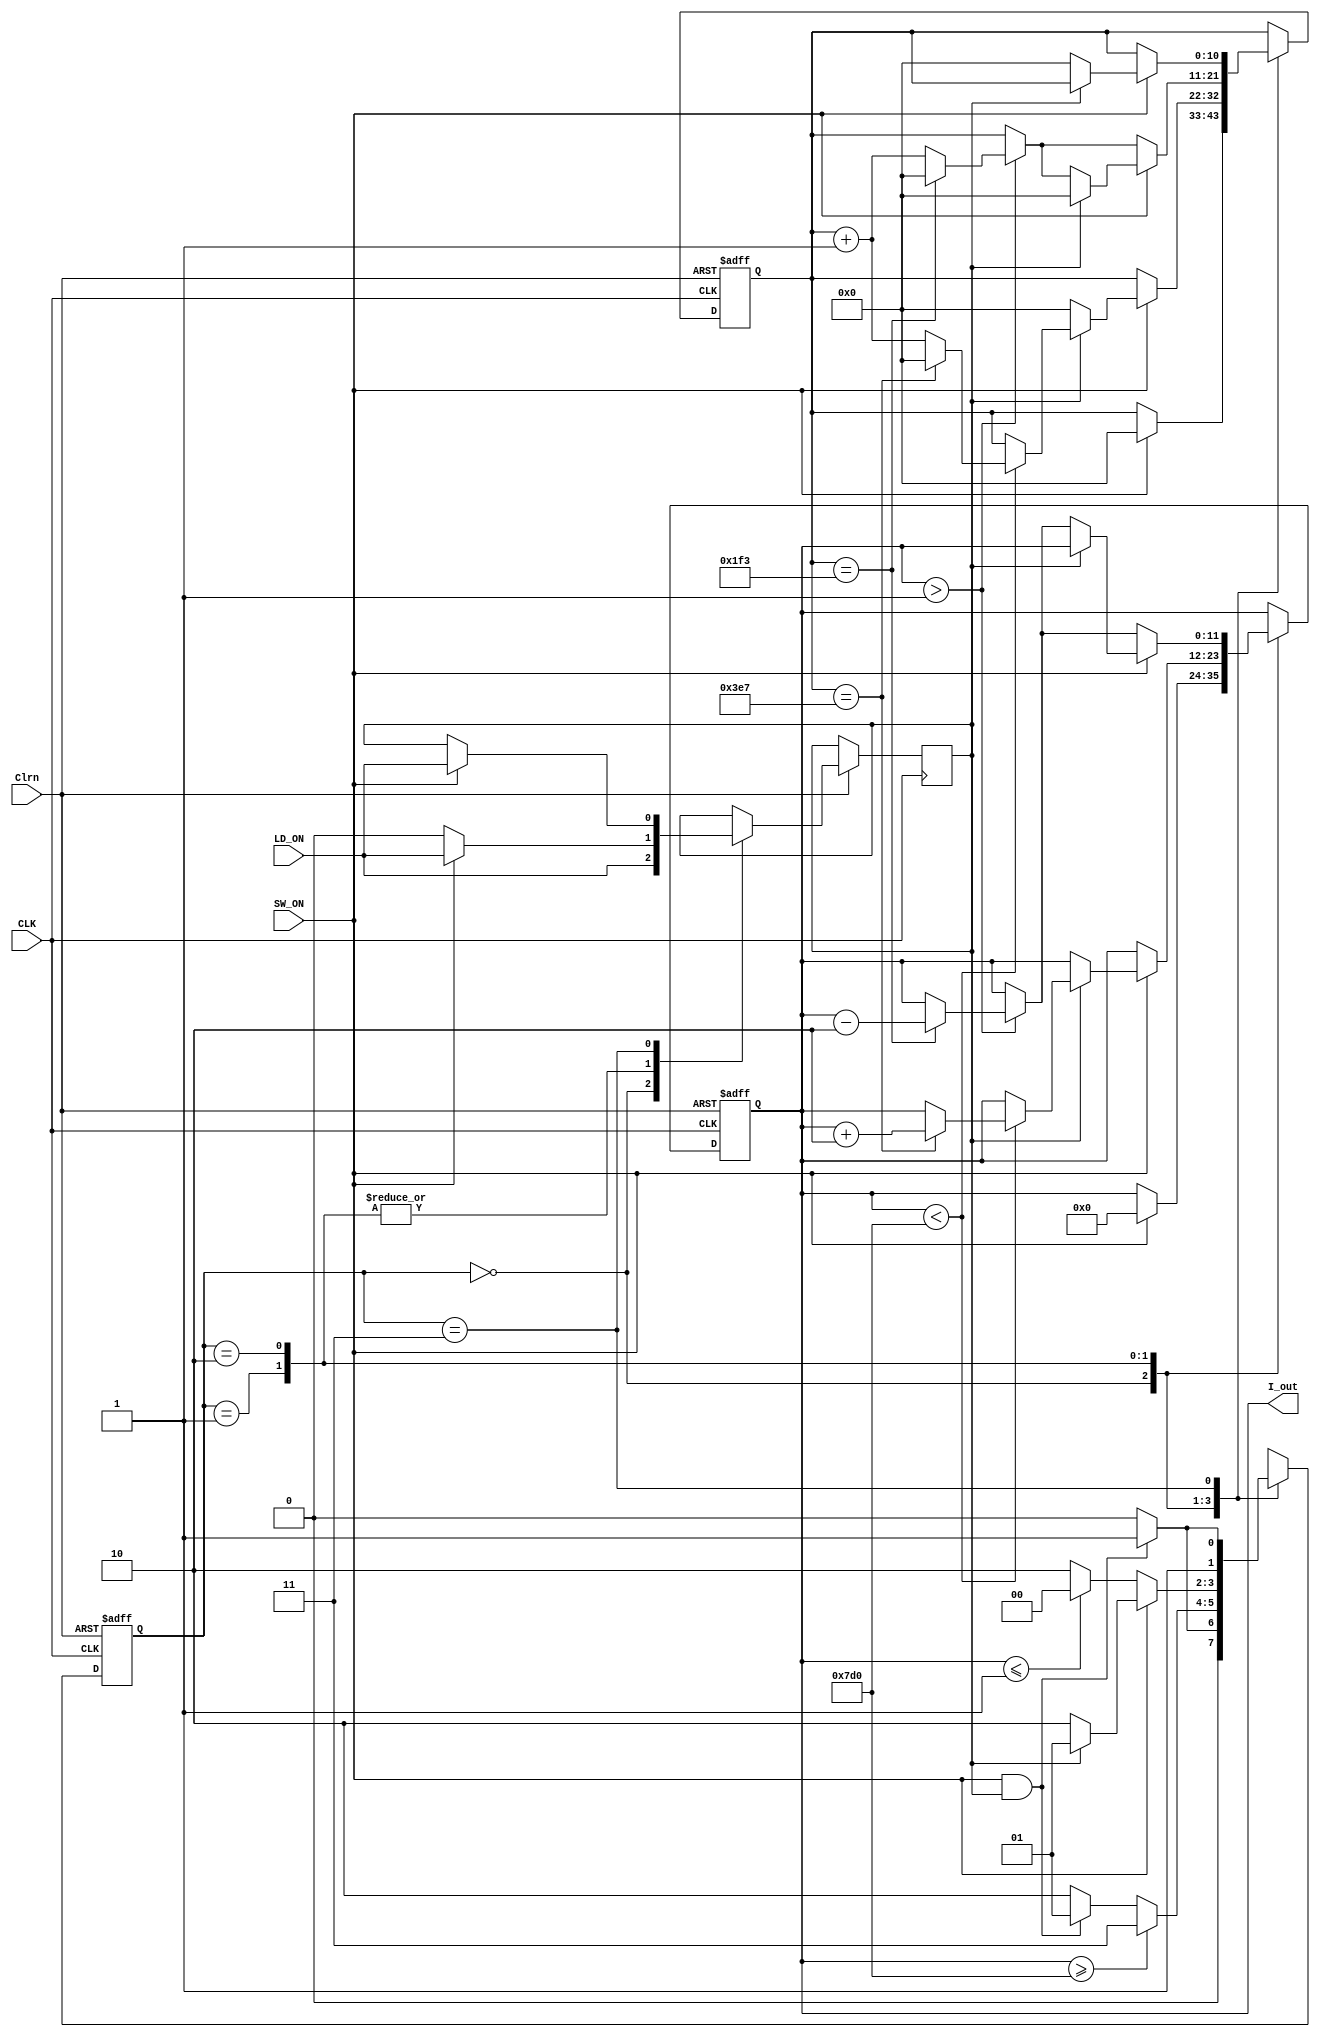
module LD_Driver_v_jin(
   output reg [11:0] I_out,
   input SW_ON, LD_ON,
   input CLK, Clrn
);
   reg [10:0] Counter_1000; //counter using for check 10ms
   reg LD_ON_reg;
   reg [1:0] pstate, nstate;

   //Encode the states
   parameter S0=2'b00, S1=2'b01, S2=2'b10, S3=2'b11;

   //state transition
   always @(posedge CLK, negedge Clrn) begin
	  if(~Clrn) begin
		 pstate <= S0;
		 I_out <= 12'b0;
		 Counter_1000 <= 11'b0;
	  end
	  else begin
		 pstate <= nstate; //clocked operation
		 case(pstate)
			S0:
			begin
			   LD_ON_reg <= LD_ON;
			   if(SW_ON) begin
				  I_out <= 12'b0;
				  Counter_1000 <= 11'b0;
			   end
			end

			S1:
			begin
			   if(SW_ON) begin
				  LD_ON_reg <= LD_ON;
				  if(LD_ON_reg) begin
					 if(I_out < 12'd2000) begin
						if(Counter_1000 == 11'd999) begin
						   I_out <= I_out+2'b10;
						   Counter_1000 <= 11'b0;
						end
						else Counter_1000 <= Counter_1000+1'b1;
					 end
				  end
				  else Counter_1000 <= 11'b0;
			   end
			   else LD_ON_reg <= 1'b0;
			end

			S2:
			begin
			   if(SW_ON) begin
				  LD_ON_reg <= LD_ON;
				  if(LD_ON_reg) Counter_1000 <= 11'b0;
				  else begin
					 if(I_out > 1'b1) begin
						if(Counter_1000 == 11'd499) begin
						   I_out <= I_out-2'b10;
						   Counter_1000 <= 11'b0;
						end
						else Counter_1000 <= Counter_1000+1'b1;
					 end
				  end
			   end
			   else begin
				  LD_ON_reg <= 1'b0;
				  if(I_out > 1'b1) begin
					 if(Counter_1000 == 11'd499) begin
						I_out <= I_out-2'b10;
						Counter_1000 <= 11'b0;
					 end
					 else Counter_1000 <= Counter_1000+1'b1;
				  end
			   end	   
			end

			S3:
			begin
			   if(SW_ON) begin
				  LD_ON_reg <= LD_ON;
				  if(!LD_ON_reg) begin
					 Counter_1000 <= 11'b0;
				  end
			   end
			end
		 endcase
	  end
   end

   always @(SW_ON, LD_ON_reg, pstate, I_out, Counter_1000) begin
	  case(pstate)
		 S0: 
		 begin 
			if(SW_ON & LD_ON_reg) nstate <= S1;
			else nstate <= S0;
		 end

		 S1:
		 begin
			if(I_out >= 12'd2000) nstate <= S3;
			else begin 
			   if(SW_ON & LD_ON_reg) nstate <= S1;
			   else nstate <= S2;
			end
		 end

		 S2:
		 begin
			if(SW_ON) begin
	  		   if(LD_ON_reg) nstate <= S1;
			   else nstate <= S2;
			end
			else
			   if(I_out <= 1'd1) nstate <= S0;
			   else nstate <= S2;
		 end
		
		 S3:
		 begin 
			if(SW_ON & LD_ON_reg) nstate <= S3;
			else nstate <= S2;
		 end
	  endcase
   end
endmodule